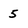
Character: 5